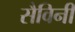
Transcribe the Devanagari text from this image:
सैविनी